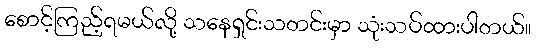
စောင့်ကြည့်ရမယ်လို့ သနေရှင်းသတင်းမှာ သုံးသပ်ထားပါတယ်။